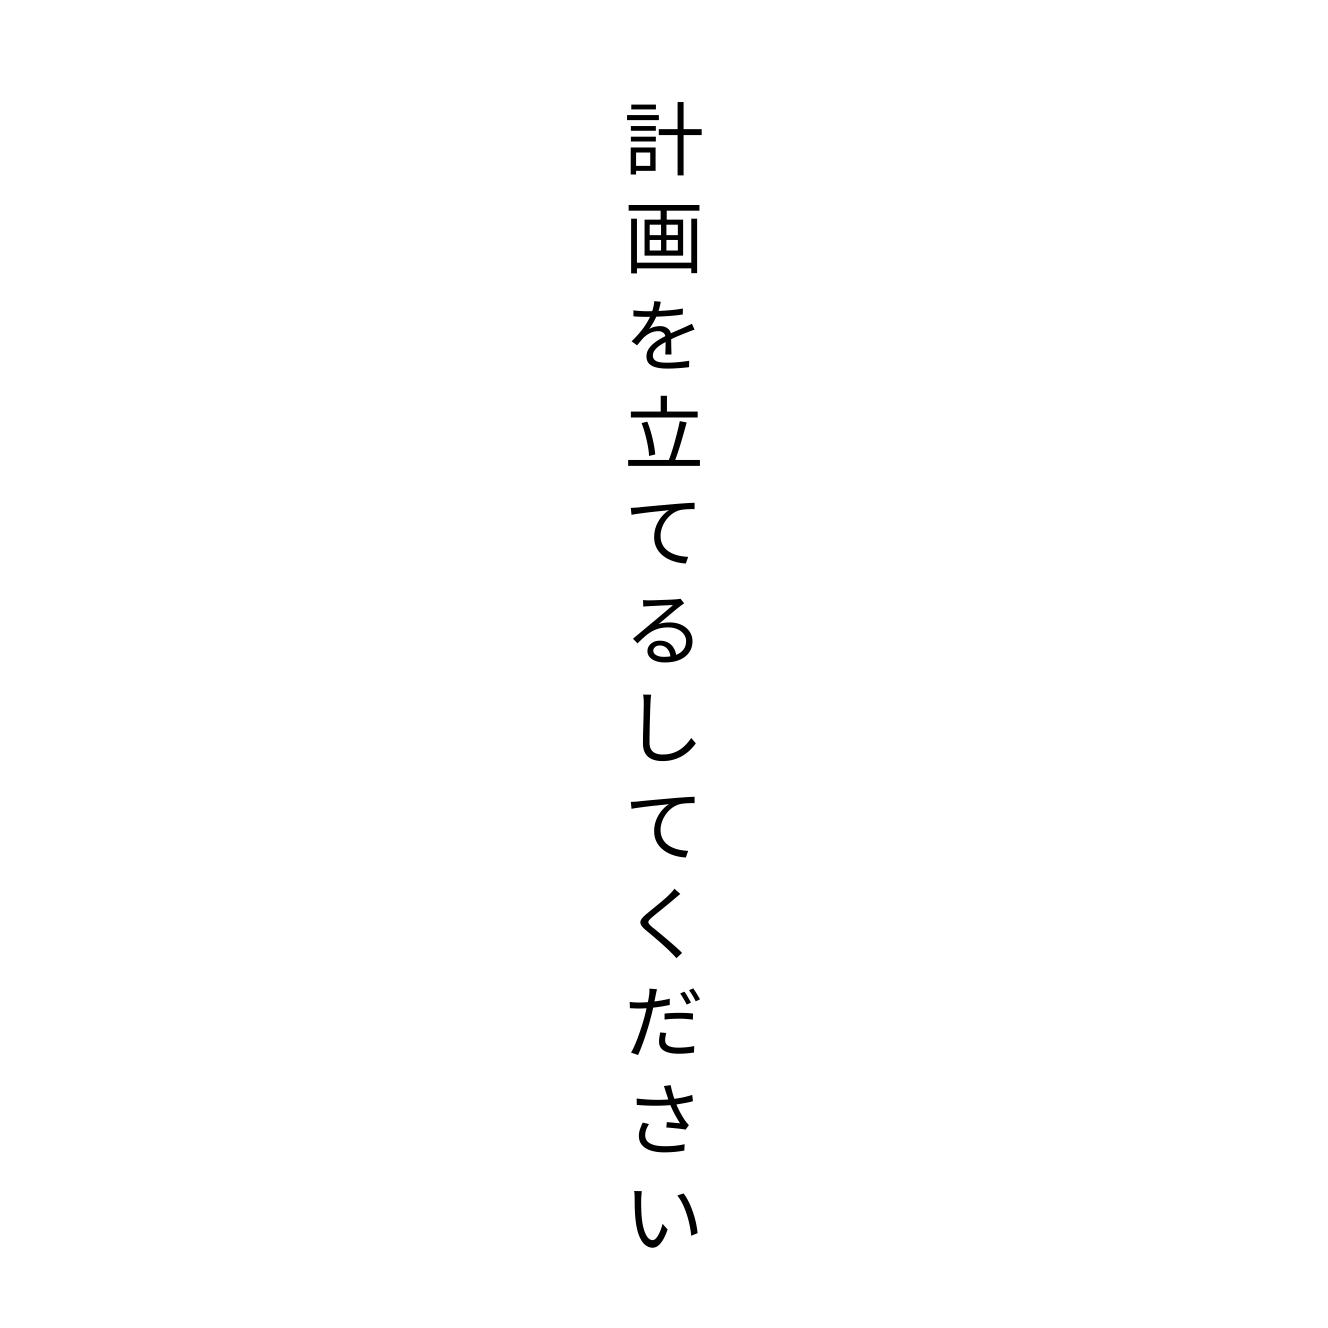
計画を立てるしてください